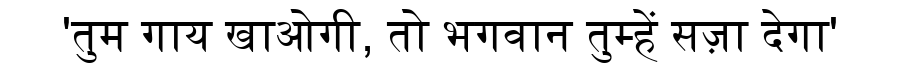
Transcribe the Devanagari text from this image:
'तुम गाय खाओगी, तो भगवान तुम्हें सज़ा देगा'